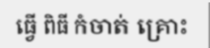
ធ្វើ ពិធី កំចាត់ គ្រោះ